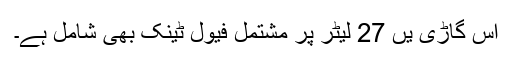
اس گاڑی یں 27 لیٹر پر مشتمل فیول ٹینک بھی شامل ہے۔